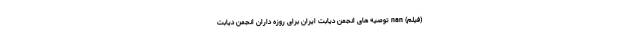
(فیلم) nan توصیه های انجمن دیابت ایران برای روزه داران انجمن دیابت